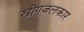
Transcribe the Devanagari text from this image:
स्त्रीगजलकार